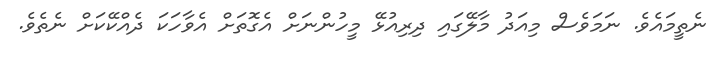
ނެތީމައެވެ. ނަމަވެސް މިއަދު މާލޭގައި ދިރިއުޅޭ މީހުންނަށް އެގޮތަށް އެވާހަކަ ދެއްކޭކަށް ނެތެވެ.